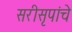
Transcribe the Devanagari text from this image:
सरीसृपांचे